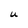
Character: U